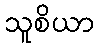
သူစိယာ